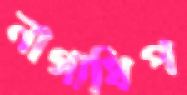
নাগাধিপ